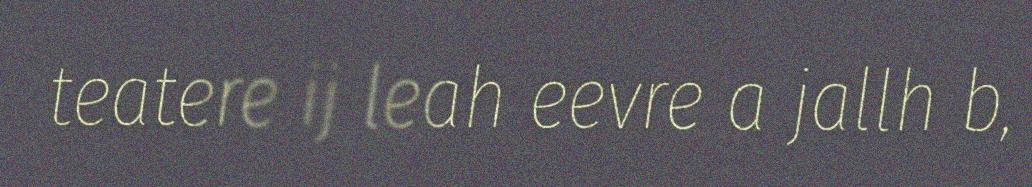
teatere ij leah eevre a jallh b,